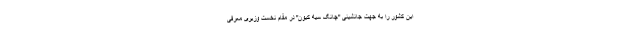
این کشور را به جهت جانشینی "چانگ سیه کیون" در مقام نخست وزیری معرفی